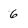
Character: 6